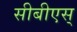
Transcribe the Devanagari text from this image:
सीबीएस्